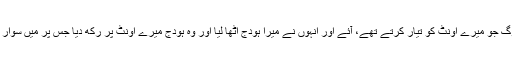
اتنے میں وہ لوگ جو میرے اونٹ کو تیار کرتے تھے، آئے اور انہوں نے میرا ہودج اٹھا لیا اور وہ ہودج میرے اونٹ پر رکھ دیا جس پر مَیں سوار ہوا کرتی تھی۔